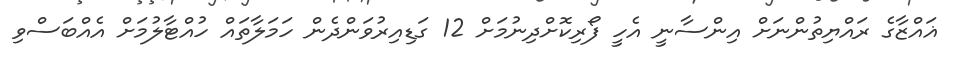
ޣައްޒާގެ ރައްޔިތުންނަށް އިންސާނީ އެހީ ފޯރިކޮށްދިނުމަށް 12 ގަޑިއިރުވަންދެން ހަމަލާތައް ހުއްޓާލުމަށް އެއްބަސްވި